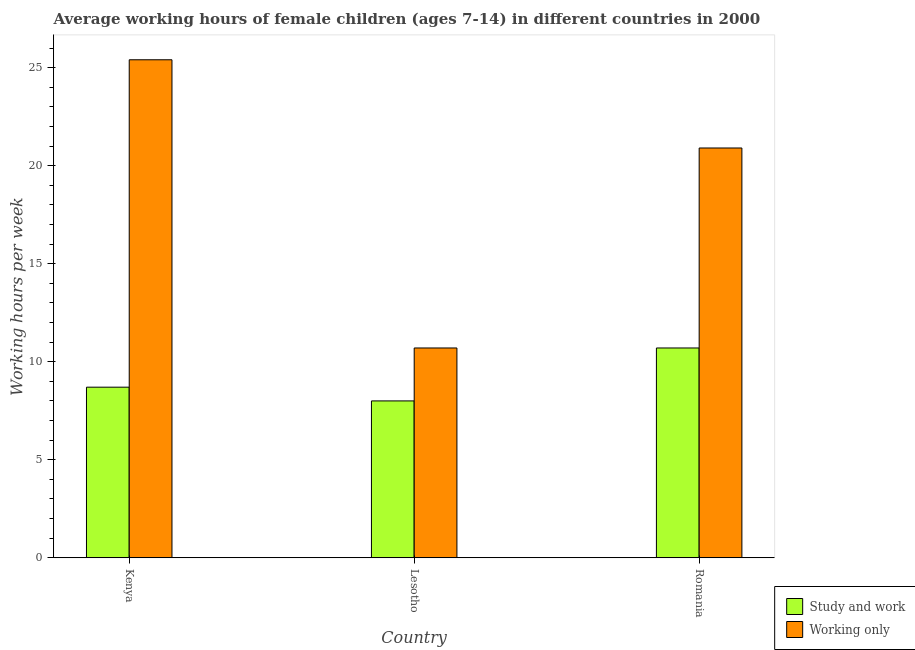
| Country | Study and work | Working only |
 | --- | --- | --- |
 | Kenya | 8.7 | 25.4 |
 | Lesotho | 8 | 10.7 |
 | Romania | 10.7 | 20.9 |